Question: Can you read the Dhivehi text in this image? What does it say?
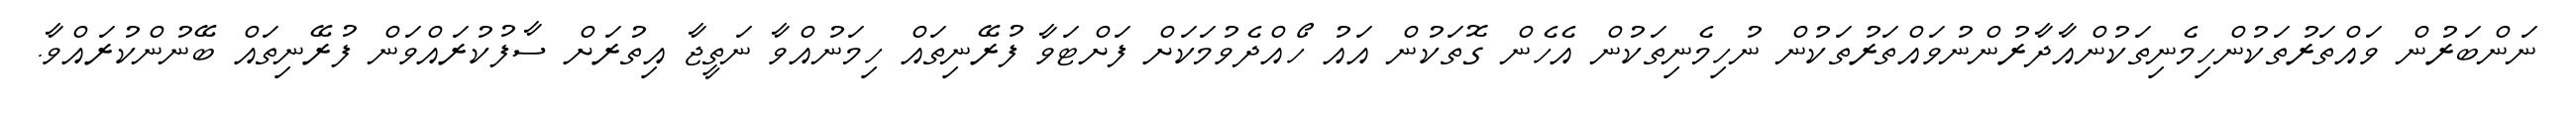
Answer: ނަންބަރުން ވައްތަރުތަކުންހިމެނިތަކުންއާދާރުންނުވައްތަރުތަކުން ނުހިމެނިތަކުން އެހެން ގޮތަކުން އައު ހޯއްދެވުމަކަށް ފަށްޓަވާ ފުރޭނިތައް ހިމަނުއްވާ ނަތީޖާ އިތުރަށް ސާފުކުރައްވަން ފުރޭނިތައް ބޭނުންކުރައްވާ.